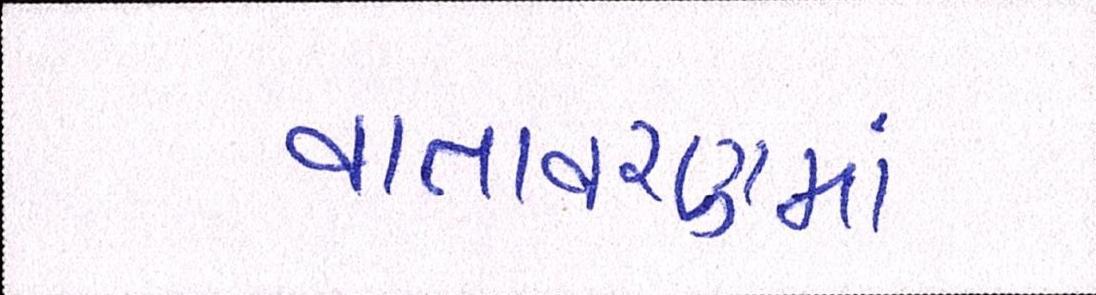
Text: વાતાવરણમાં